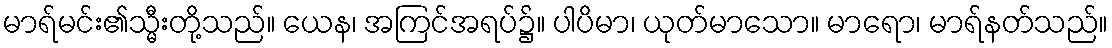
မာရ်မင်း၏သ္မီးတို့သည်။ ယေန၊ အကြင်အရပ်၌။ ပါပိမာ၊ ယုတ်မာသော။ မာရော၊ မာရ်နတ်သည်။